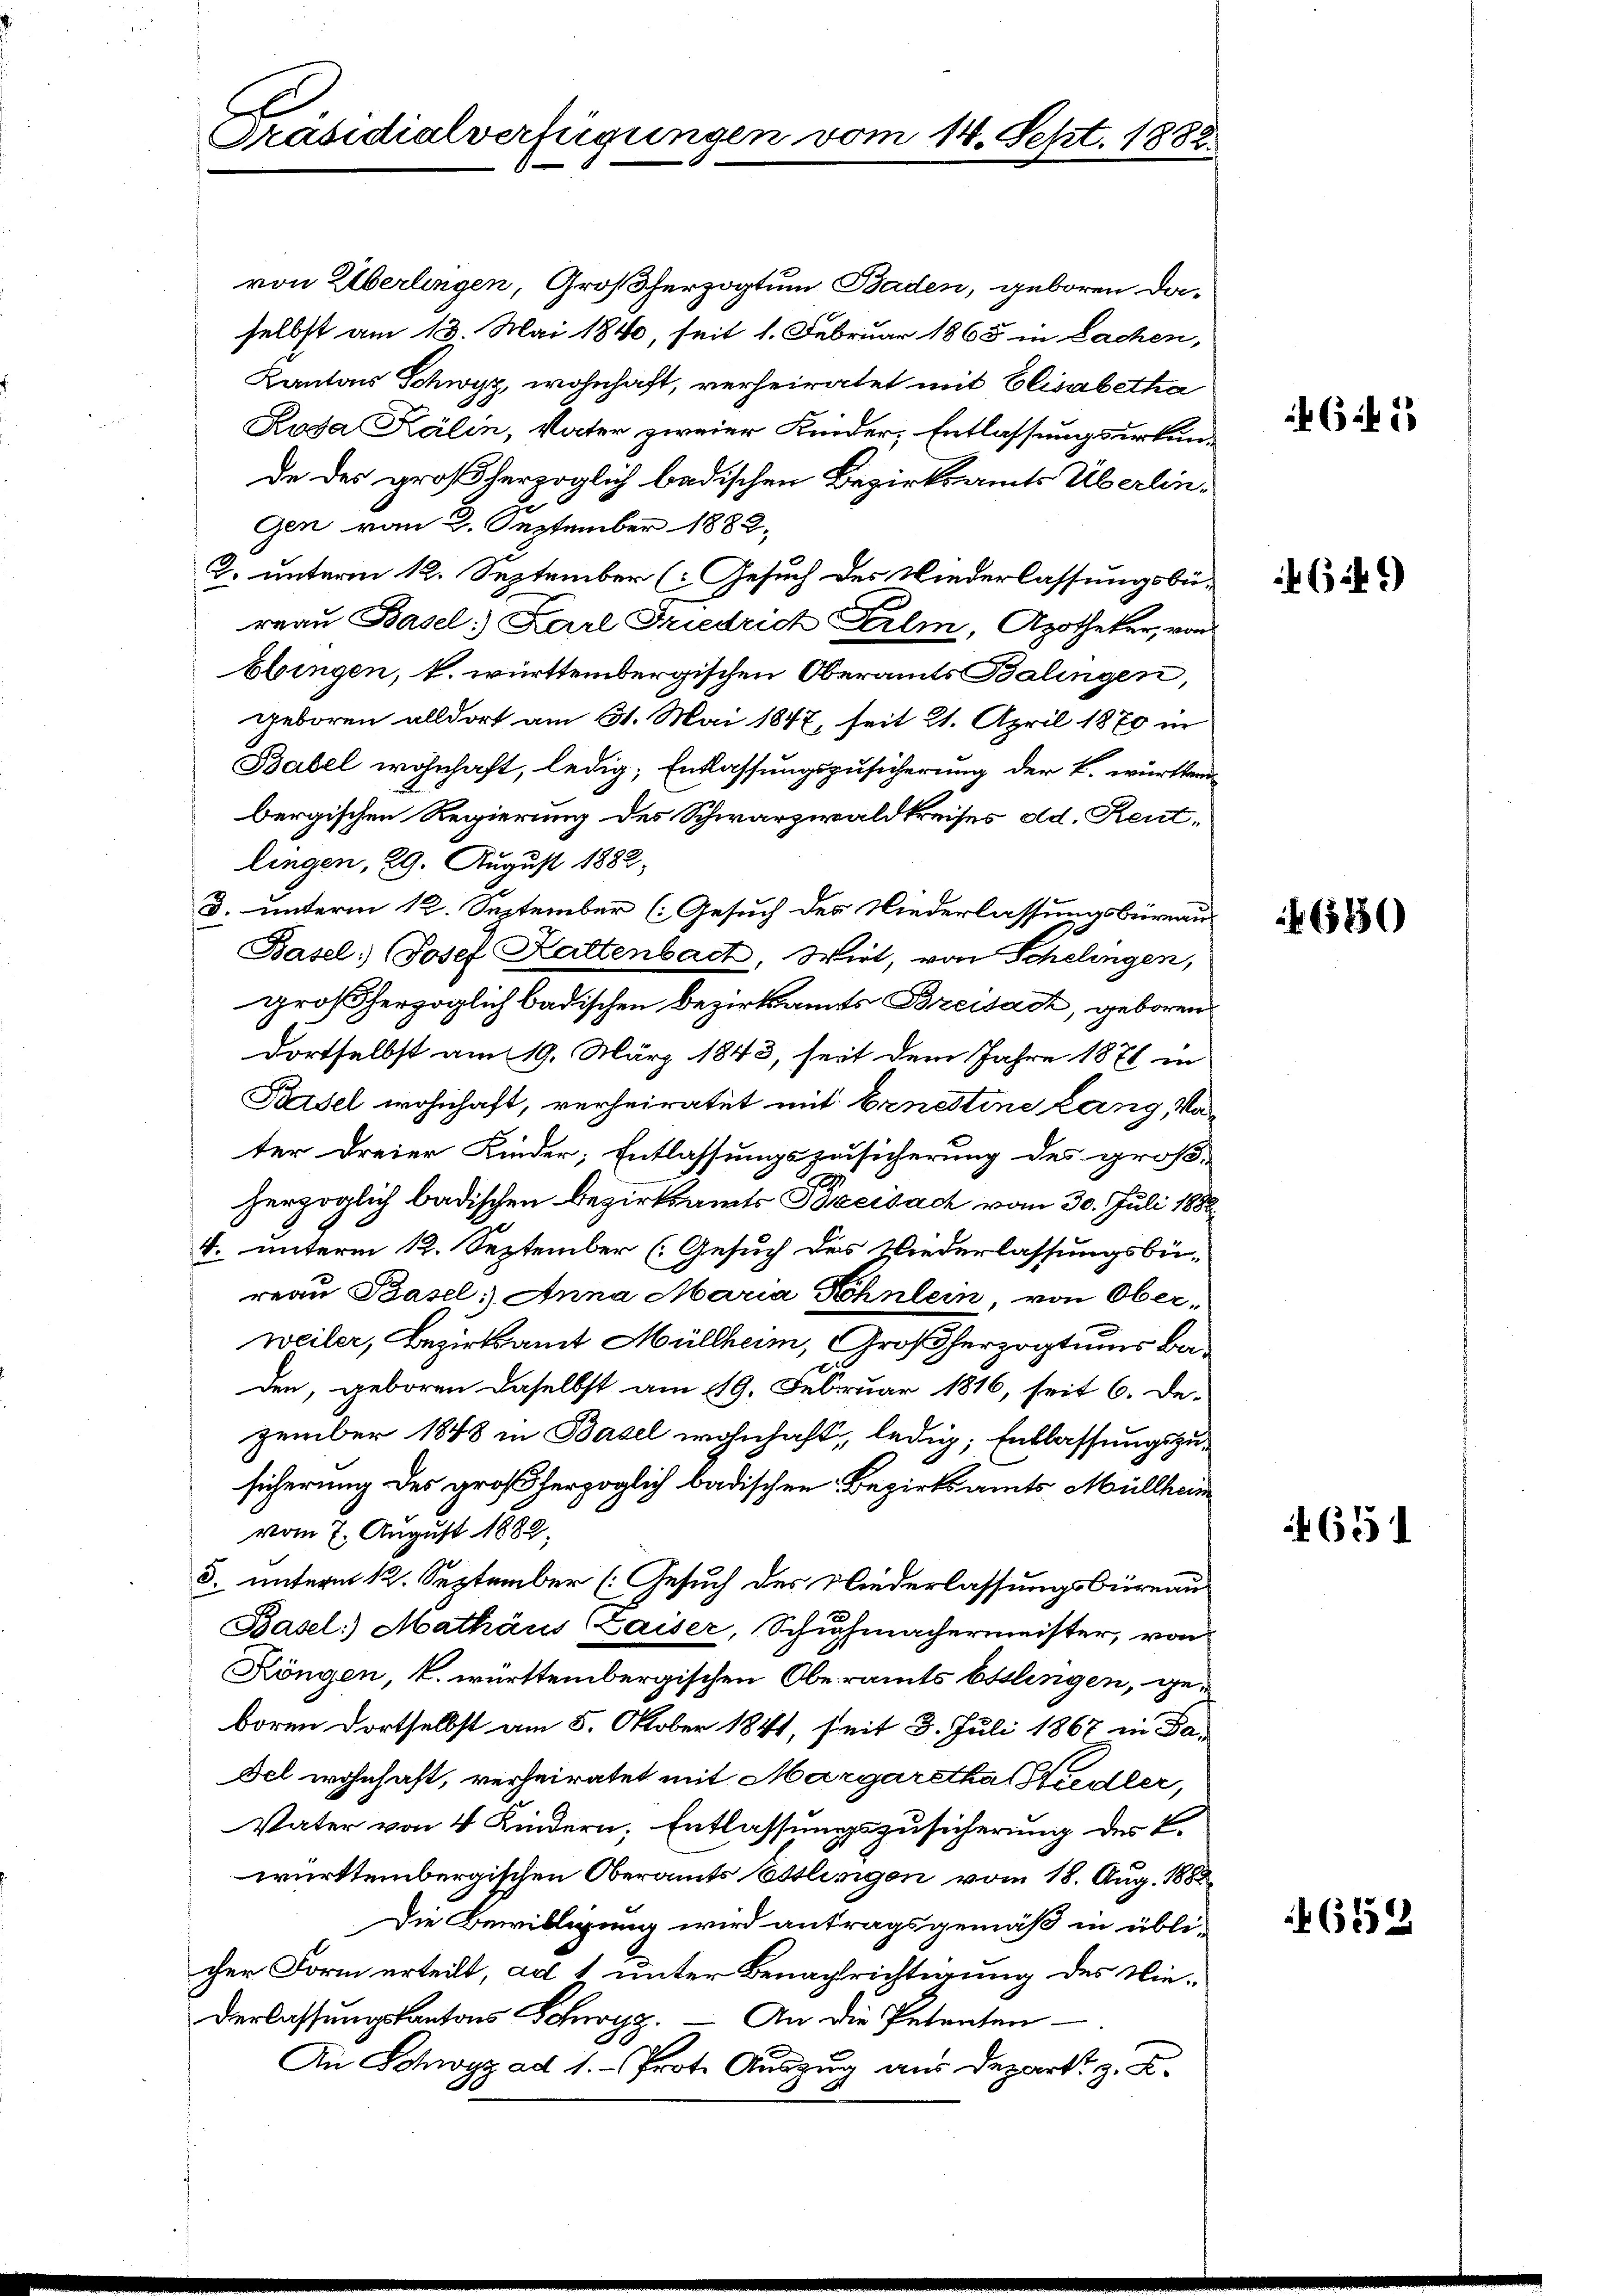
E
Präsidialverfügungen vom 14. Sept. 1882

von Überlingen, Großherzogtum Baden, geboren da-
selbst am 13. Mai 1840, seit 1. Februar 1863 in Sachen,
Kantons Schwyz, wohnhaft, verheiratet mit Elisabetha
Roda Kälin, Vater zweier Kinder, Entlassungsurkunde des großherzoglich badischen Bezirksamts Überlingen vom 2. September 1882.
2. unterm 12. September (: Gesuch des Niederlassungsbü-
reau Basel. Karl Friedrich Erlm, Apotheker, von
bbingen, k. württembergischen Oberamts Balingen,
geboren alldort am 31. Mai 1847, seit 21. April 1870 in
Babel wohnhaft, ledig, Entlassungszusicherung der k. württem
bergischen Regierung des Schwarzwaldkreises ad. Rentlingen, 29. August 1882,
3. unterm 12. September (Gesuch des Niederlassungsbüreau
Basel, Josef Kaltenbach, Wirt, von Schelingen,
großherzoglich badischen Bezirksamts Breisack, geboren
dortselbst am 19. März 1843, seit dem Jahre 1871 in
Basel wohnhaft, verheiratet mit Ernestine Lang, Vater dreier Kinder; Entlassungszusicherung des größ-
herzoglich badischen Bezirksamts Breisach vom 30. Juli 1888.
T. unterm 12. September (Gesuch des Niederlassungsbüreau Basel, Anna Maria Kohnlein von Oberweiler, Bezirksamt Müllheim, Großherzogtums Baden, geboren daselbst am 19. Februar 1816, seit 6. De-
zember 1848 in Basel wohnhaft, ledig, Entlassungszusicherung des großherzoglich badischen Bezirksamts Müllheim
vom 7. August 1882.
8. unterm 12. September (Gesuch des Niederlassungsbüreau
Basel: Mathäus (Laiser, Schuhmachermeister, von
Köngen, k. württembergischen Oberamts Esslingen, geboren dortselbst am 5. Oktober 1841, seit 3. Juli 1867 in Fa-
Fel wohnhaft, verheiratet mit Margaretha Stiedler,
Vater von 4 Kindern, Entlassungszusicherung des K.
württembergischen Oberamts Esslingen vom 18. Aug. 1882
Die Bewilligung wird antragsgemäß in übli-
cher Form erteilt, ad 1 unter Benachrichtigung des Niederlassungskantons Schwyz. — An die Petenten
An Schwyz ad 1. Prote Auszug aus Depart z. B.

614 15

69

6550

651

652